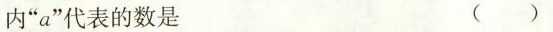
内”a”代表的数是 （ ）